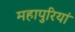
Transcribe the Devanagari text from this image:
महापुरियां